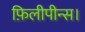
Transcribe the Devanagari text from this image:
फ़िलीपीन्स।